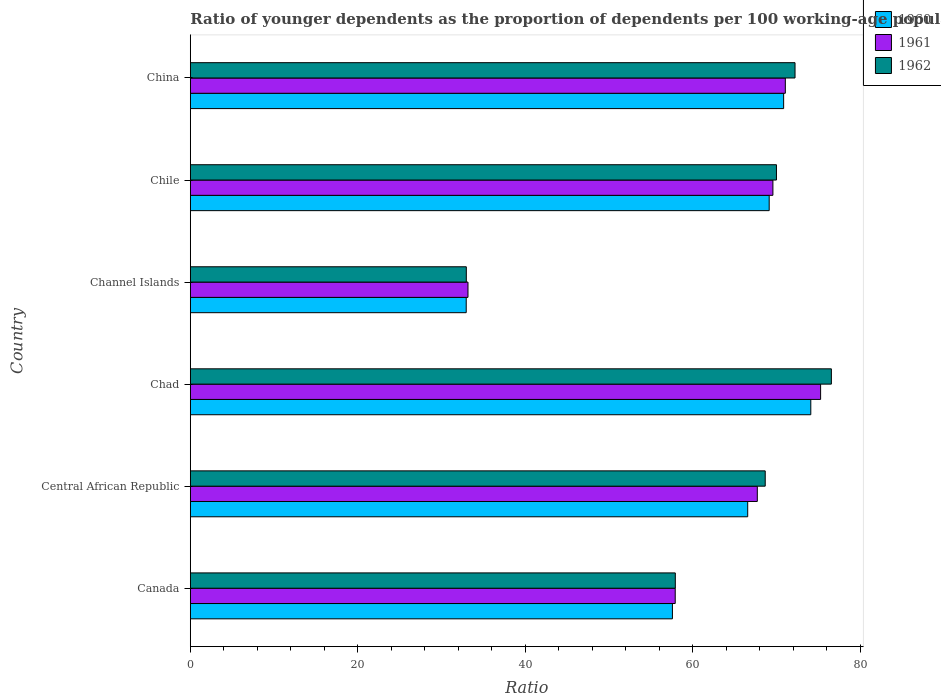
| Country | 1960 | 1961 | 1962 |
 | --- | --- | --- | --- |
 | Canada | 57.6 | 57.9 | 57.9 |
 | Central African Republic | 66.6 | 67.7 | 68.7 |
 | Chad | 74.1 | 75.3 | 76.6 |
 | Channel Islands | 32.9 | 33.2 | 33 |
 | Chile | 69.1 | 69.6 | 70 |
 | China | 70.8 | 71.1 | 72.2 |